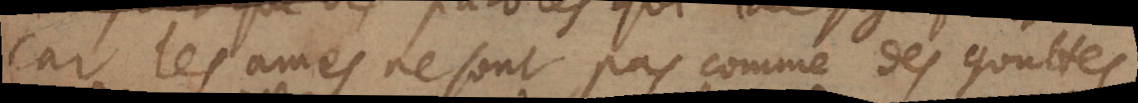
car les ames ne sont pas comme des gouttes